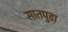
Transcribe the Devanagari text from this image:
सातपुडा़